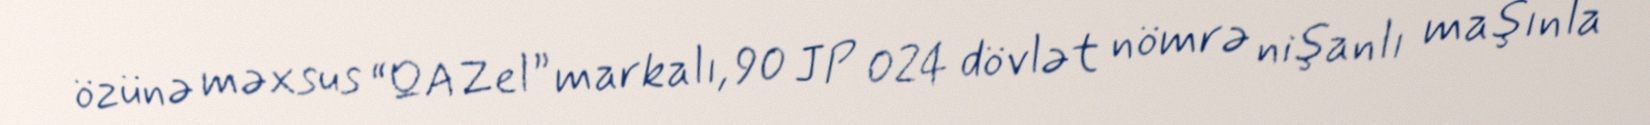
özünə məxsus “QAZel” markalı, 90 JP 024 dövlət nömrə nişanlı maşınla